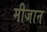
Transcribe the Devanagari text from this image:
मीजान